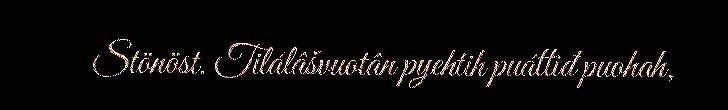
Stönöst. Tilálâšvuotân pyehtih puáttiđ puohah,